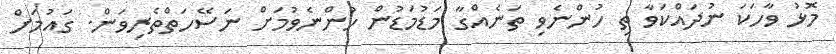
މޮޅު ވާހަކަ ނުދައްކަވާ ތި ހުންނެވި ތަނެއްގާ މަޑުމަޑުން ހުންނެވުމަށް ނަސޭހަތްތެރިވަން. ގައުމަށް